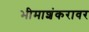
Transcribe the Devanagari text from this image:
भीमाशंकरावर